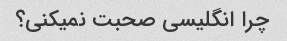
چرا انگلیسی صحبت نمیکنی؟